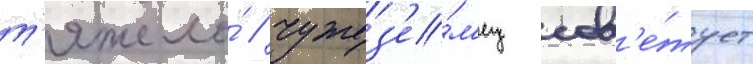
т'яжело́ / чужез'е́м'ец сов'е́тует